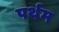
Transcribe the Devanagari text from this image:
पर्थम